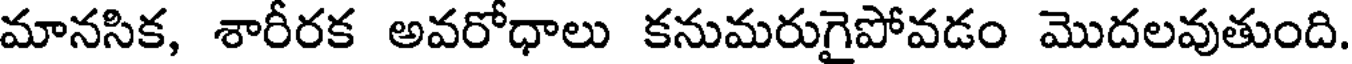
మానసిక, శారీరక అవరోధాలు కనుమరుగైపోవడం మొదలవుతుంది